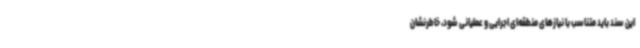
این سند باید متناسب با نیازهای منطقه‌ای اجرایی و عملیانی شود، خاطرنشان